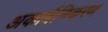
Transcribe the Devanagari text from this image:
अकार्बनिकरण